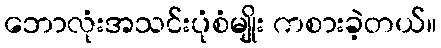
ဘောလုံးအသင်းပုံစံမျိုး ကစားခဲ့တယ်။